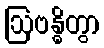
ဩဗန္ဓိတွာ